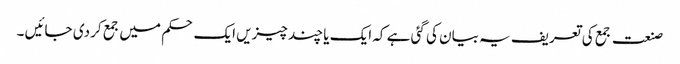
صنعت جمع کی تعریف یہ بیان کی گئی ہے کہ ایک یا چند چیزیں ایک حکم میں جمع کر دی جائیں ۔